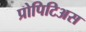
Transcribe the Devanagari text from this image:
प्रोपिटिअस